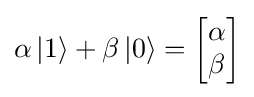
\alpha \left\vert 1\right\rangle +\beta \left\vert 0\right\rangle ={\begin{bmatrix}\alpha \\\beta \end{bmatrix}}